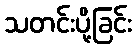
သတင်းပို့ခြင်း